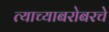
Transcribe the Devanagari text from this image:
त्याच्याबरोबरचे